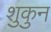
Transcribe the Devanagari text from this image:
शुकुन